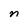
Character: n